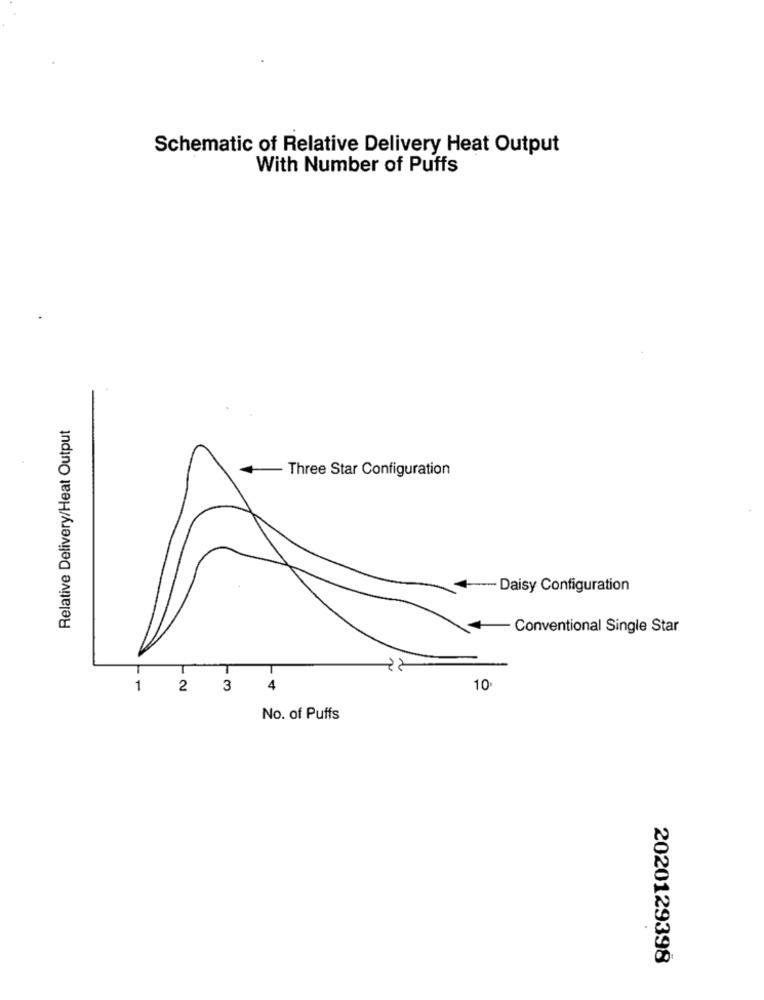
Schematic of Relative Delivery Heat Output
With Number of Puffs
Relative Delivery/Heat Output
Three Star Configuration
-- Daisy Configuration
Conventional Single Star
T
1
2 3
4
10
No. of Puffs
2020129398